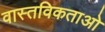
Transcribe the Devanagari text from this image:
वास्तविकताओ